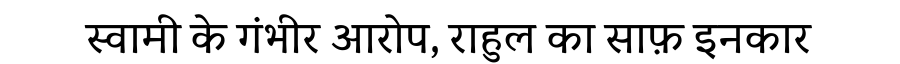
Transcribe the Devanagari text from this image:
स्वामी के गंभीर आरोप, राहुल का साफ़ इनकार